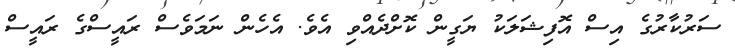
ސަރުކާރުގެ އިސް އޮފިޝަަލަކު ޔަގީން ކޮށްދެއްވި އެވެ. އެހެން ނަމަވެސް ރައީސްގެ ރައީސް